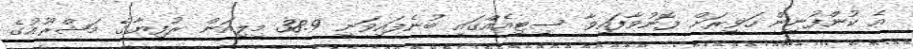
އެ ކުންފުނިން ހަވީރަށް ފޮނުވާފައިވާ ސިޓީއެއްގައި ބުނެފައިވަނީ 38.9 މިލިއަން ރުފިޔާގެ މަޝްރޫއުގެ